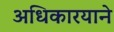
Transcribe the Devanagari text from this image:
अधिकारयाने